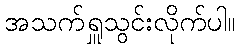
အသက်ရှူသွင်းလိုက်ပါ။